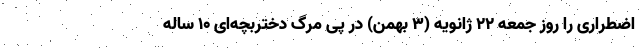
اضطراری را روز جمعه ۲۲ ژانویه (۳ بهمن) در پی مرگ دختربچه‌ای ۱۰ ساله